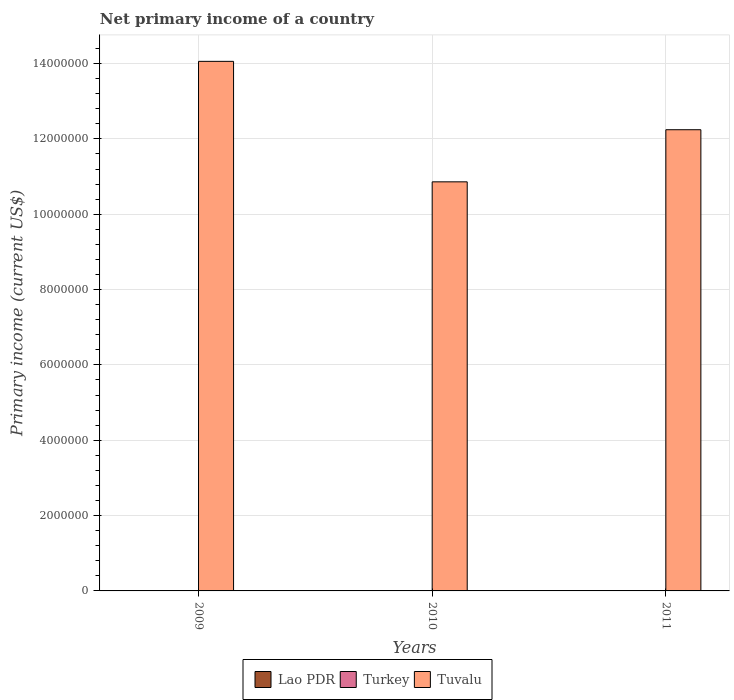
| Years | Lao PDR | Turkey | Tuvalu |
 | --- | --- | --- | --- |
 | 2009 | -4.7e+07 | -8.31e+09 | 1.41e+07 |
 | 2010 | -8.32e+07 | -7.21e+09 | 1.09e+07 |
 | 2011 | -7.91e+07 | -7.86e+09 | 1.22e+07 |